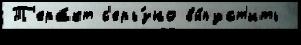
Т'ера́кт с'ерь́зно вы́пуст'ить